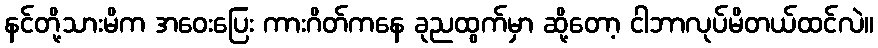
နင်တို့သားမိက အဝေးပြေး ကားဂိတ်ကနေ ခုညထွက်မှာ ဆို့တော့ ငါဘာလုပ်မိတယ်ထင်လဲ။